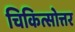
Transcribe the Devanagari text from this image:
चिकित्सोत्तर